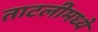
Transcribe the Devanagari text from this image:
ताटलीमध्ये